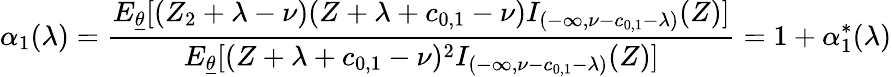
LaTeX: \alpha_{1}(\lambda)=\frac{E_{\underline{{\theta}}}[(Z_{2}+\lambda-\nu)(Z+\lambda+c_{0,1}-\nu)I_{(-\infty,\nu-c_{0,1}-\lambda)}(Z)]}{E_{\underline{{\theta}}}[(Z+\lambda+c_{0,1}-\nu)^{2}I_{(-\infty,\nu-c_{0,1}-\lambda)}(Z)]}=1+\alpha_{1}^{*}(\lambda)